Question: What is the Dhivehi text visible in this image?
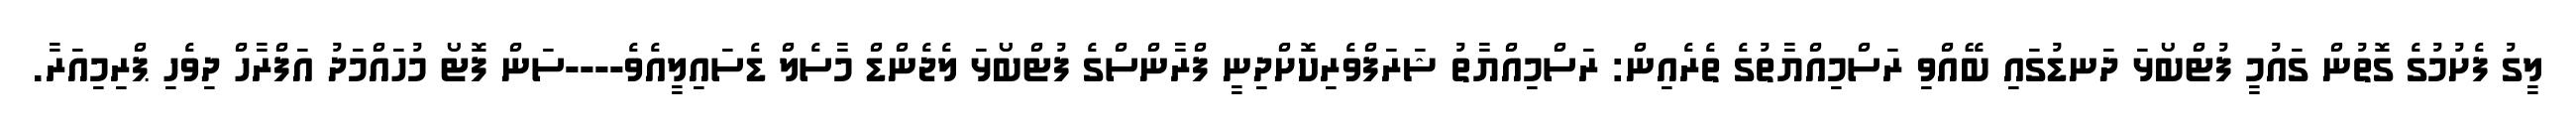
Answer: ލީގު ފެށުމުގެ ގޮތުން ގައުމީ ފުޓްބޯޅަ ދަނޑުގައި ބޭއްވި ރަސްމިއްޔާތުގެ ތެރެއިން: ރަސްމިއްޔާތު ޝަރަފްވެރިކޮށްދިނީ ފްރާންސްގެ ފުޓްބޯޅަ ލެޖެންޑް މާސެލް ޑެސައިލީއެވެ----ސަން ފޮޓޯ މުހައްމަދު އަފްރާހް ދިވެހި ޕްރިމިއަރާ.